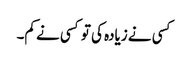
کسی نے زیادہ کی تو کسی نے کم۔